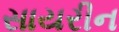
સાયરીન